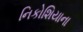
નિકોશિયાના